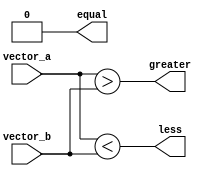
module comparator(
    input [31:0] vector_a,
    input [31:0] vector_b,
    output wire equal,
    output wire greater,
    output wire less
);

wire [31:0] equal_flags;
wire [31:0] greater_flags;
wire [31:0] less_flags;

assign equal_flags = (vector_a == vector_b);
assign greater_flags = (vector_a > vector_b);
assign less_flags = (vector_a < vector_b);

assign equal = &equal_flags;
assign greater = |greater_flags;
assign less = |less_flags;

endmodule